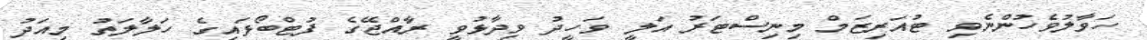
ހަވާލުވެހުންނެވި ޓުއަރިޒަމް މިނިސްޓަރު އަލީ ވަހީދު ވިދާޅުވީ ރާއްޖޭގެ ފުޓްބޯޅައިގެ ހަލާލަތު މިއަދު